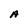
Character: A